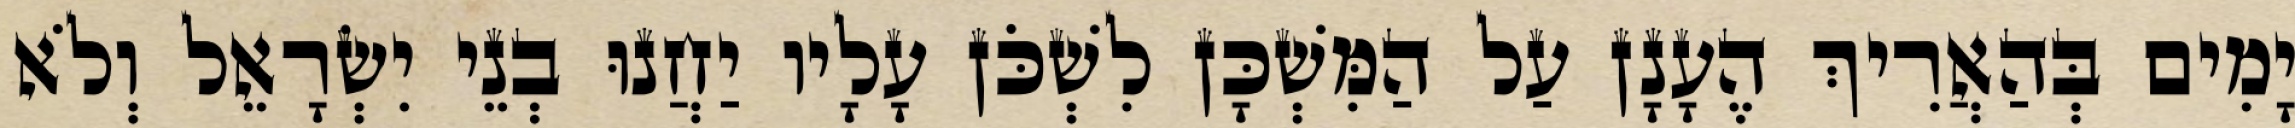
יָמִים בְּהַאֲרִיךְ הֶעָנָן עַל הַמִּשְׁכָּן לִשְׁכֹּן עָלָיו יַחֲנוּ בְנֵי יִשְׂרָאֵל וְלֹא